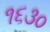
૧૬૩૦